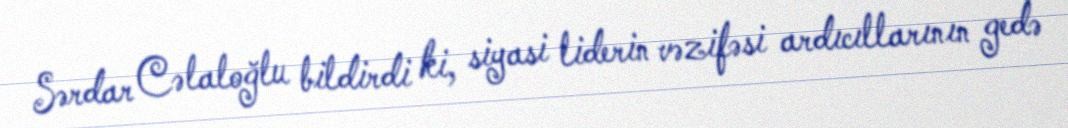
Sərdar Cəlaloğlu bildirdi ki, siyasi liderin vəzifəsi ardıcıllarının gedə